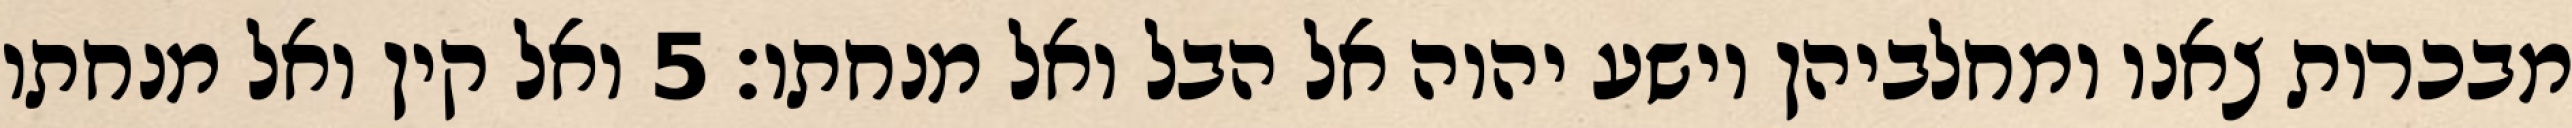
מבכרות צאנו ומחלביהן וישע יהוה אל הבל ואל מנחתו׃ ‎5‏ ואל קין ואל מנחתו